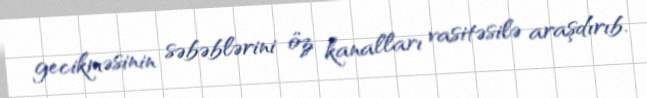
gecikməsinin səbəblərini öz kanalları vasitəsilə araşdırıb.